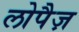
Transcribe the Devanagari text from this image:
लोपैज़